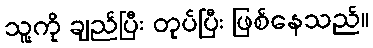
သူ့ကို ချည်ပြီး တုပ်ပြီး ဖြစ်နေသည်။